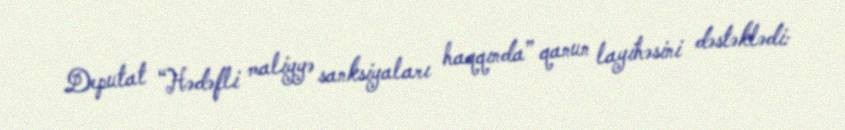
Deputat “Hədəfli maliyyə sanksiyaları haqqında” qanun layihəsini dəstəklədi: